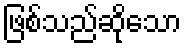
ဖြစ်သည်ဆိုသော